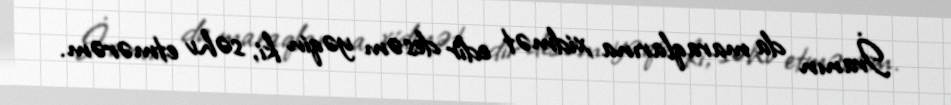
İranın da maraqlarına xidmət edir desəm yəqin ki, səhv etmərəm.